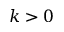
k > 0